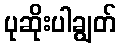
ပုဆိုးပါချွတ်